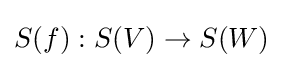
S(f):S(V)\to S(W)